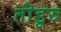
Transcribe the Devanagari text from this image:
तॊंडूरु